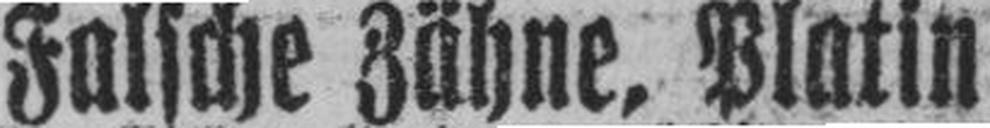
Falsche Zähne, Platin